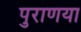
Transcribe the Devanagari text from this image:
पुराणया